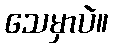
သေမှာပဲ။